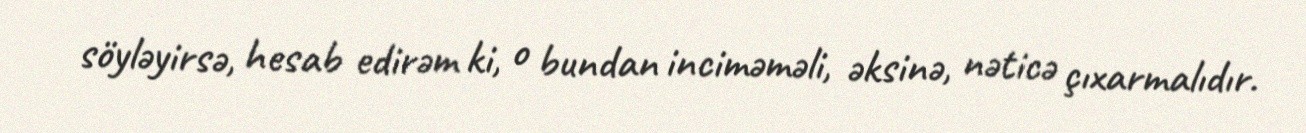
söyləyirsə, hesab edirəm ki, o bundan inciməməli, əksinə, nəticə çıxarmalıdır.